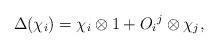
LaTeX: \begin{align*}\Delta (\chi_i) = \chi_i \otimes 1 + O_i{}^j \otimes \chi_j,\end{align*}